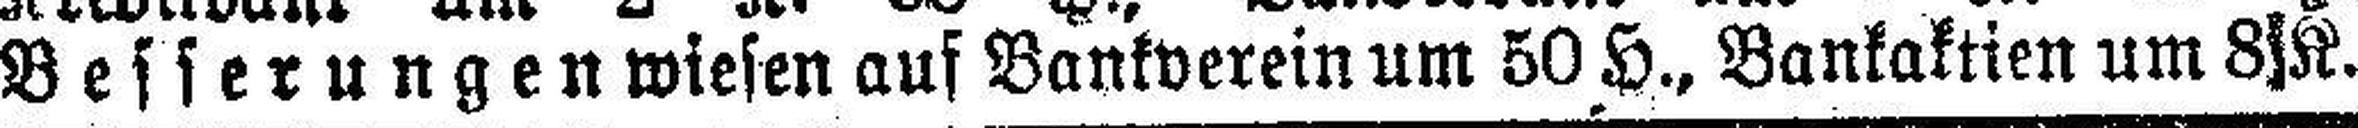
Besserungen wiesen auf Bankverein um 50 H., Bankaktien um 8|K.